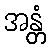
အန္တံ